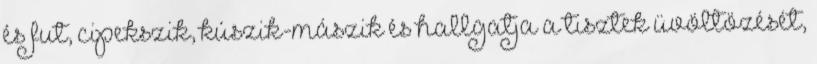
és fut, cipekszik, kúszik-mászik és hallgatja a tisztek üvöltözését,